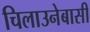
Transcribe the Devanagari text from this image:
चिलाउनेबासी